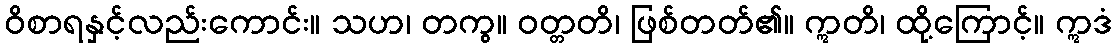
ဝိစာရနှင့်လည်းကောင်း။ သဟ၊ တကွ။ ဝတ္တတိ၊ ဖြစ်တတ်၏။ ဣတိ၊ ထို့ကြောင့်။ ဣဒံ